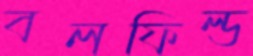
বলফিল্ড